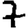
Digit: 7